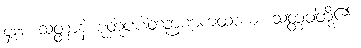
၄၁၁။ သတ္တာနံ စုတူပပါတဉာဏကထာယ၊ သတ္တဝါတို့၏